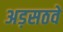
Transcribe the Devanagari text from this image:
अड़सठवें